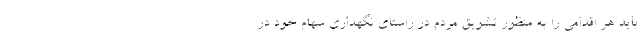
باید هر اقدامی را به منظور تشویق مردم در راستای نگهداری سهام خود در